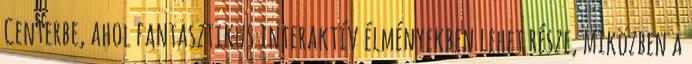
Centerbe, ahol fantasztikus interaktív élményekben lehet része, miközben a